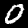
Label: 0